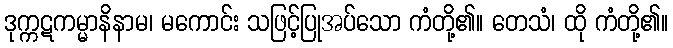
ဒုက္ကဋကမ္မာနိနာမ၊ မကောင်း သဖြင့်ပြုအပ်သော ကံတို့၏။ တေသံ၊ ထို ကံတို့၏။